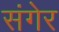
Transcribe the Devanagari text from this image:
संगेर